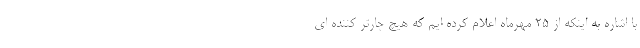
با اشاره به اینکه از ۲۵ مهرماه اعلام کرده ایم که هیچ چارتر کننده ای